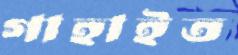
গাহাইত